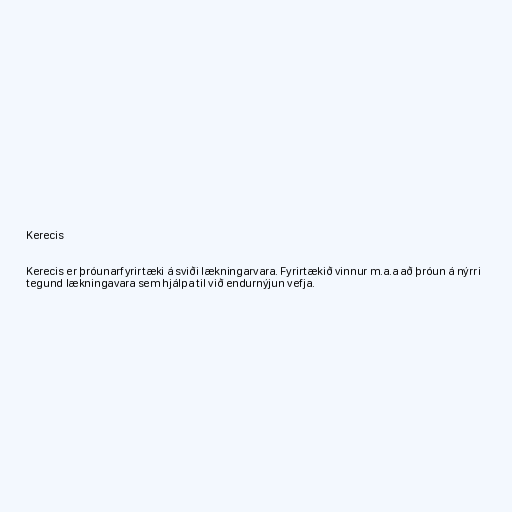
Kerecis

Kerecis er þróunarfyrirtæki á sviði lækningarvara. Fyrirtækið vinnur m.a.a að þróun á nýrri
tegund lækningavara sem hjálpa til við endurnýjun vefja.